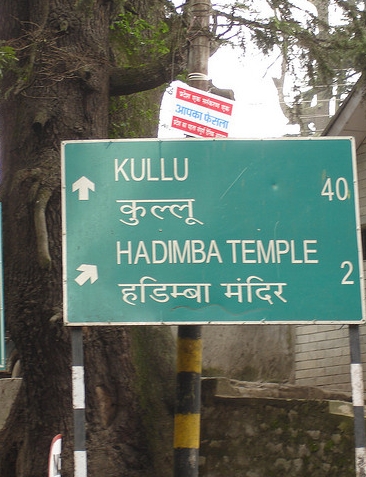
Language: hindi
Transcription: कुल्लू मंदिर हडिम्बा